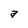
Character: a